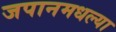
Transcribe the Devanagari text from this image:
जपानमधल्या